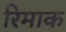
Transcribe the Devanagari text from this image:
रिमाक